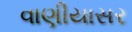
વાણીયાસર